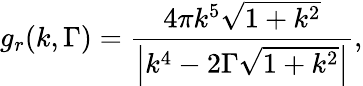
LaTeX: {g_{r}}(k,\Gamma)=\frac{{4\pi{k^{5}}\sqrt{1+{k^{2}}}}}{{\left|{{k^{4}}-2\Gamma\sqrt{1+{k^{2}}}}\right|}},